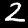
Digit: 2